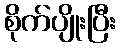
စိုက်ပျိုးပြီး